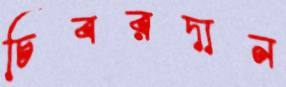
চিবরদান